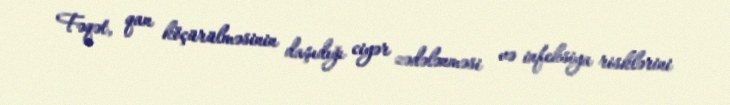
Fəqət, qan köçürülməsinin daşıdığı ciyər zədələnməsi və infeksiya risklərini